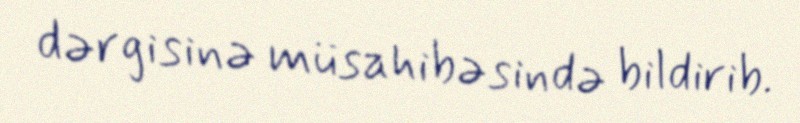
dərgisinə müsahibəsində bildirib.